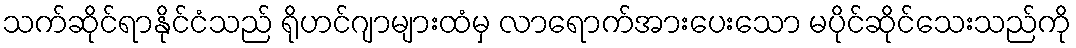
သက်ဆိုင်ရာနိုင်ငံသည် ရိုဟင်ဂျာများထံမှ လာရောက်အားပေးသော မပိုင်ဆိုင်သေးသည်ကို